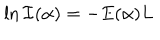
LaTeX: \ln { \cal I } ( \alpha ) = - E ( \alpha ) L